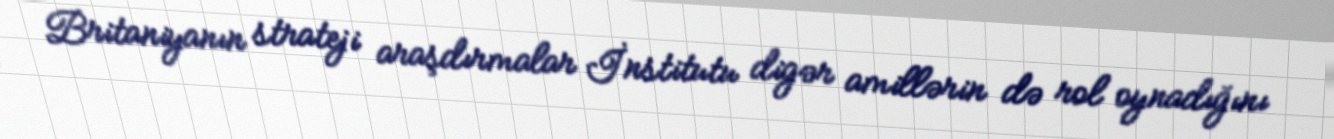
Britaniyanın strateji araşdırmalar İnstitutu digər amillərin də rol oynadığını